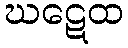
ဃဋေထ